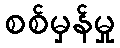
စစ်မှန်မှု